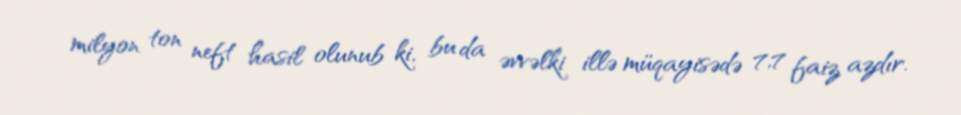
milyon ton neft hasil olunub ki, bu da əvvəlki illə müqayisədə 7,7 faiz azdır.